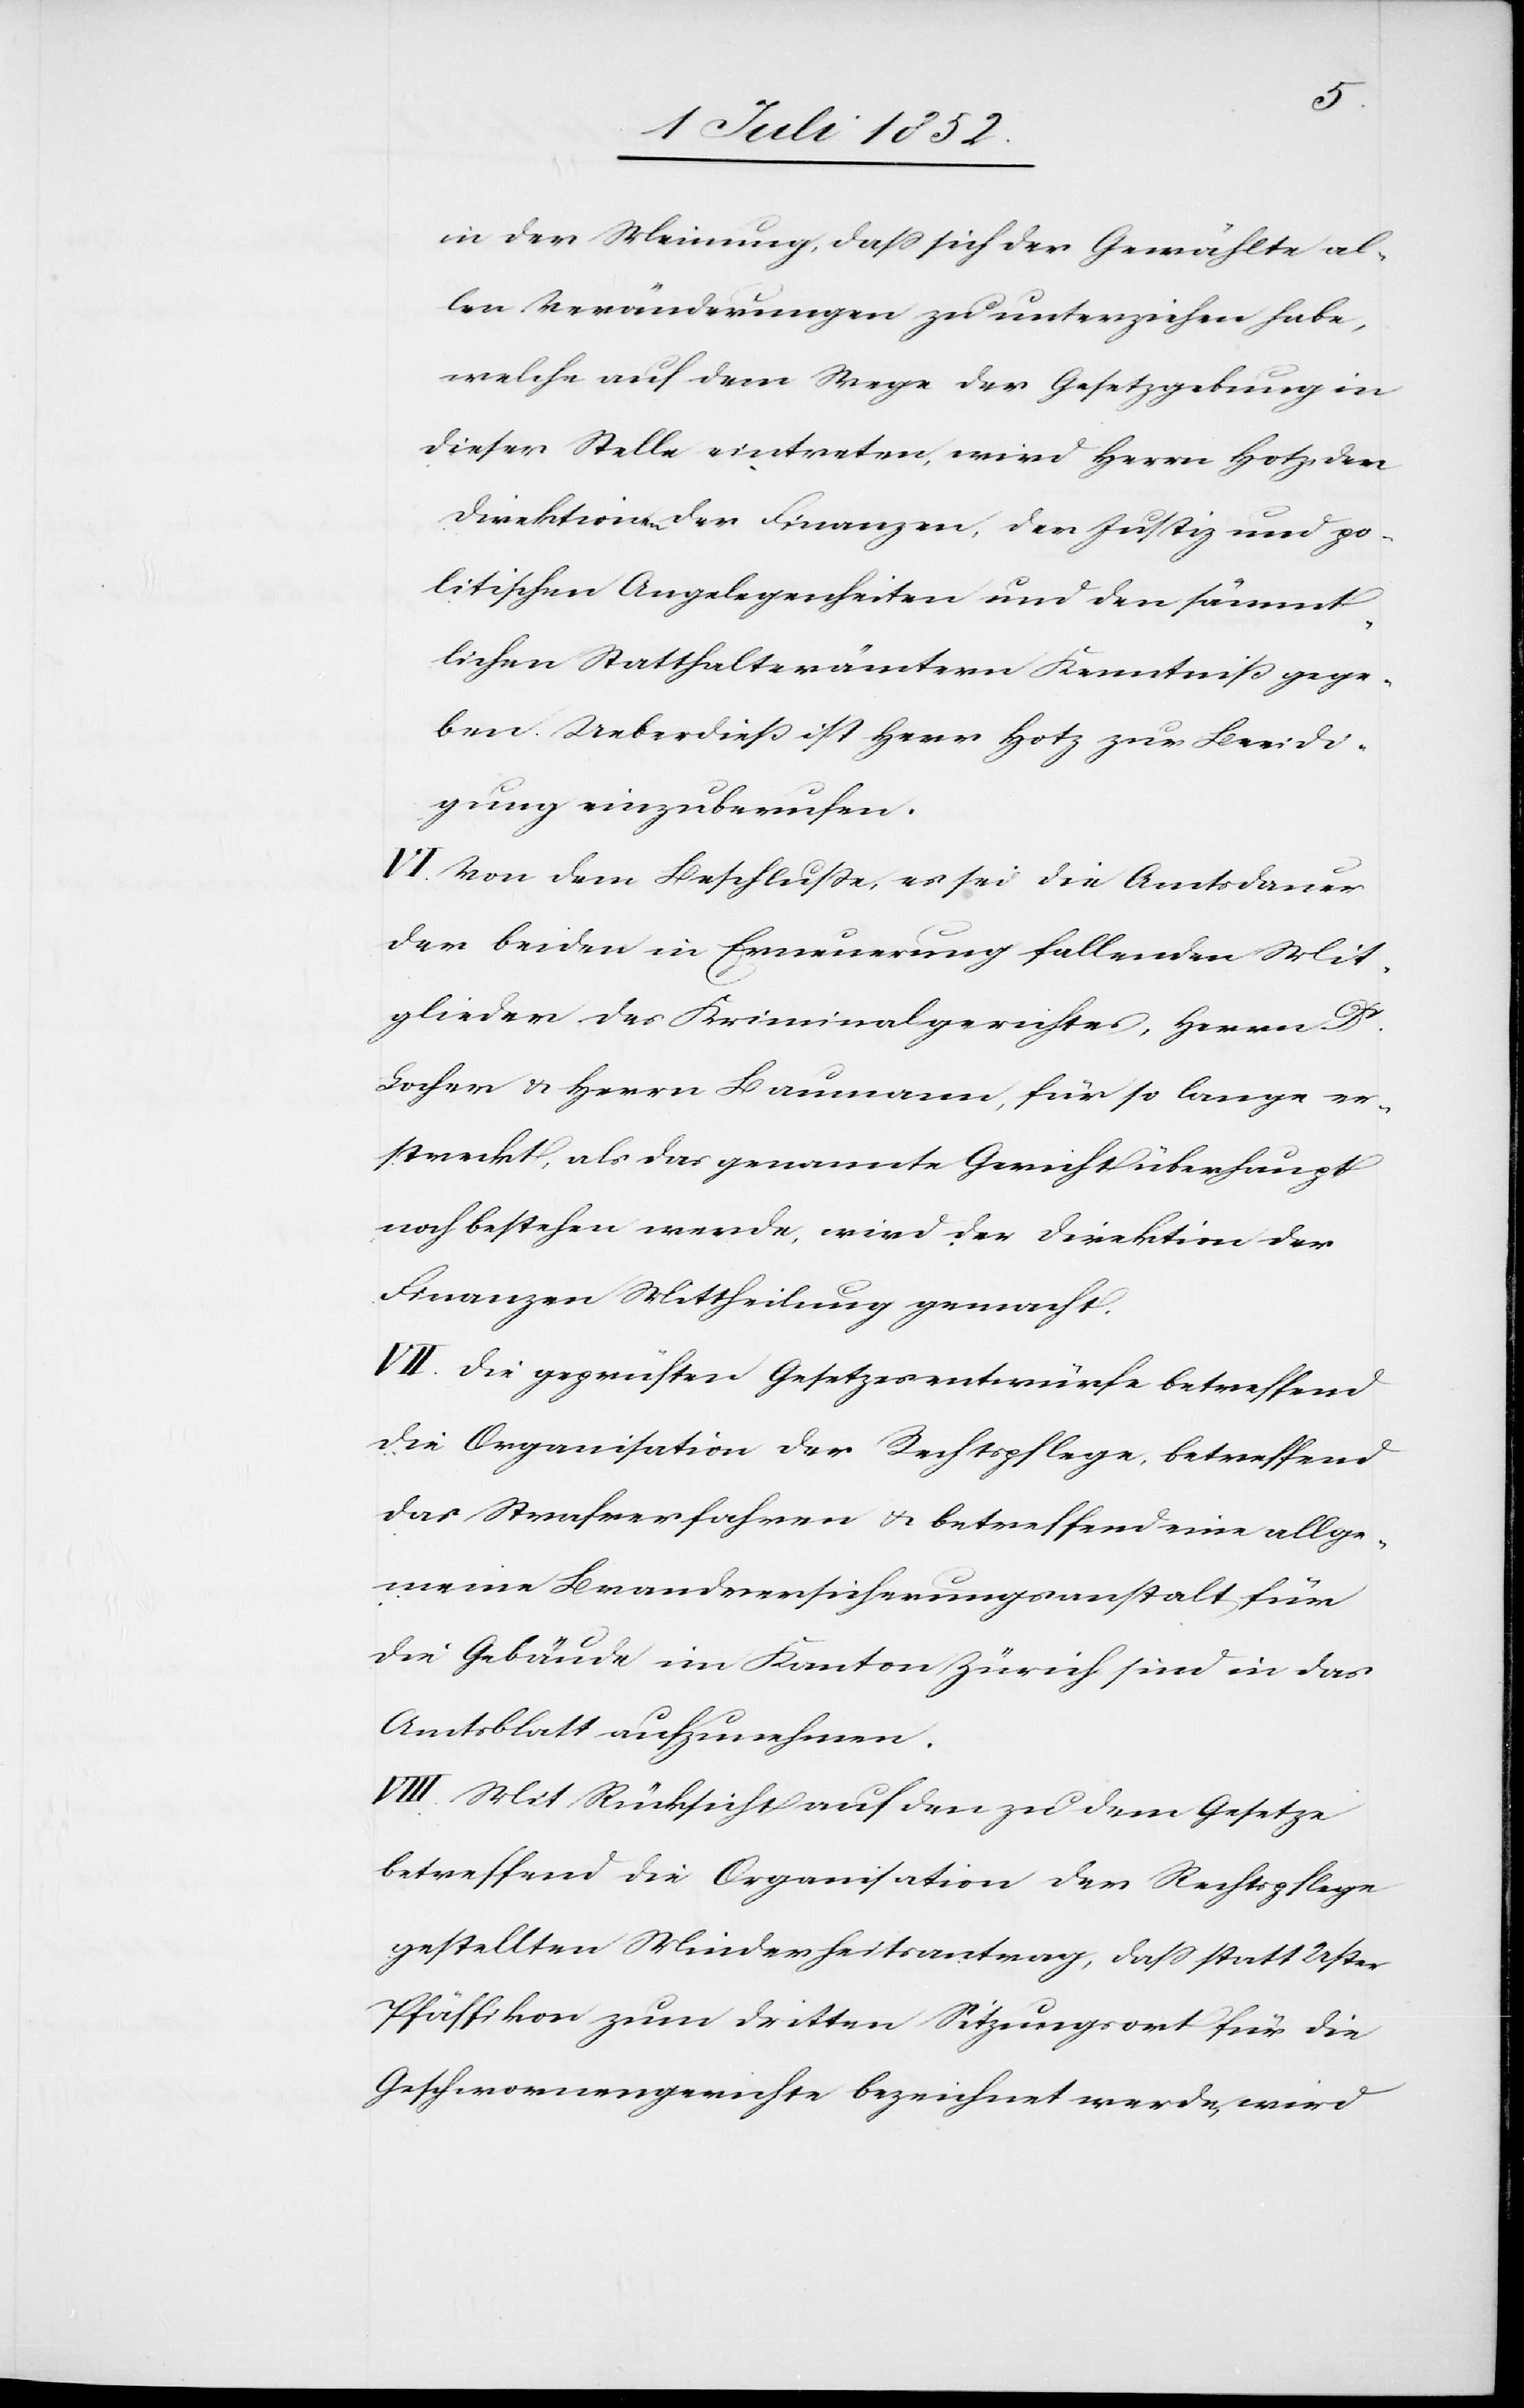
in der Meinung, dass sich der Gewählte al¬
len Veränderungen zu unterziehen habe,
welche auf dem Wege der Gesetzgebung in
dieser Stelle eintreten, wird Herrn Hotz, den
Direktionen der Finanzen, der Justiz und po¬
litischen Angelegenheiten und den sämmt¬
lichen Statthalterämtern Kenntniß gege¬
ben. Ueberdieß ist Herr Hotz zur Beeidi¬
gung einzuberufen.
VI. Von dem Beschluße, es sei die Amtsdauer
der beiden in Erneuerung fallenden Mit¬
glieder des Kriminalgerichtes, Herrn Dr.
Locher & Herrn Baumann, für so lange er¬
streckt, als das genannte Gericht überhaupt
noch bestehen werde, wird der Direktion der
Finanzen Mittheilung gemacht.
VII. Die geprüften Gesetzesentwürfe betreffend
die Organisation der Rechtspflege, betreffend
das Strafverfahren & betreffend eine allge¬
meine Brandversicherungsanstalt für
die Gebäude im Kanton Zürich sind in das
Amtsblatt aufzunehmen.
VIII. Mit Rücksicht auf den zu dem Gesetze
betreffend die Organisation der Rechtspflege
gestellten Minderheitsantrag, dass statt Uster
Pfäffikon zum dritten Sitzungsort für die
Geschwornengerichte bezeichnet werde, wird